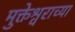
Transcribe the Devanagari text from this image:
मुक्तेश्वराच्या